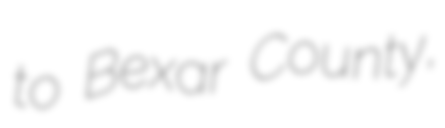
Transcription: to Bexar County,